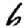
Digit: 6